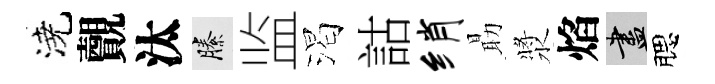
澆覿汰縢监渴詁绡朂漿焰盡腮